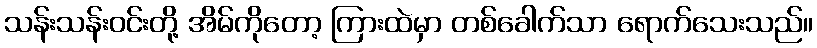
သန်းသန်းဝင်းတို့ အိမ်ကိုတော့ ကြားထဲမှာ တစ်ခေါက်သာ ရောက်သေးသည်။